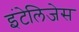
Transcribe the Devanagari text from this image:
इंटेलिजेस